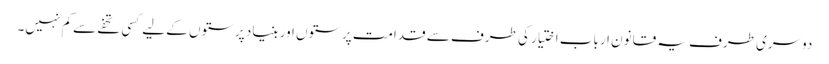
دوسری طرف یہ قانون ارباب اختیار کی طرف سے قدامت پرستوں اور بنیاد پرستوں کے لیے کسی تحفے سے کم نہیں۔